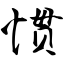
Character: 惯